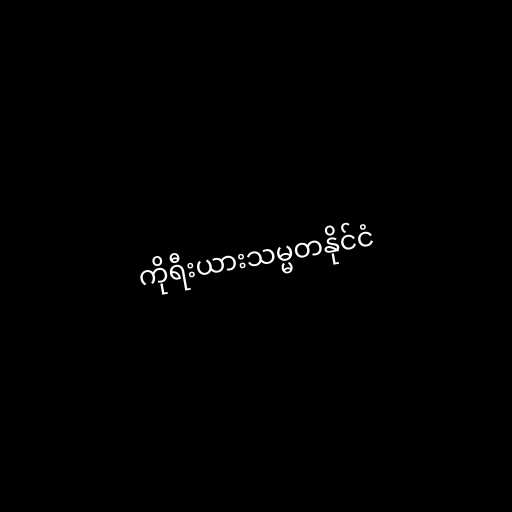
ကိုရီးယားသမ္မတနိုင်ငံ